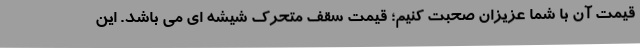
قیمت آن با شما عزیزان صحبت کنیم؛ قیمت سقف متحرک شیشه ای می باشد. این